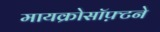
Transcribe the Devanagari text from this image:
मायक्रोसॉफ़्टने